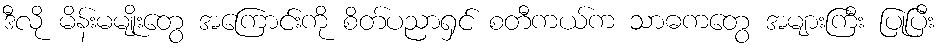
ဒီလို မိန်းမမျိုးတွေ အကြောင်းကို စိတ်ပညာရှင် စတီကယ်က သာဓကတွေ အများကြီး ပြုပြီး